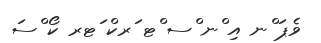
ވެޕަ ްނ އި ްނ ްސ ްޓ ަރކް ަޓރ ކޯ ްސަ